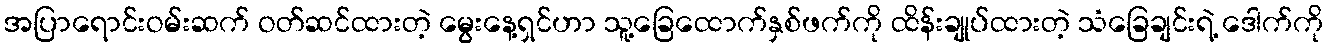
အပြာရောင်းဝမ်းဆက် ဝတ်ဆင်ထားတဲ့ မွေးနေ့ရှင်ဟာ သူ့ခြေထောက်နှစ်ဖက်ကို ထိန်းချုပ်ထားတဲ့ သံခြေချင်းရဲ့ ဒေါက်ကို